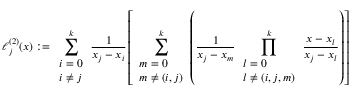
\ell _ { j } ^ { ( 2 ) } ( x ) : = \sum _ { \begin{array} { l } { i = 0 } \\ { i \neq j } \end{array} } ^ { k } { \frac { 1 } { x _ { j } - x _ { i } } } \left[ \sum _ { \begin{array} { l } { m = 0 } \\ { m \neq ( i , j ) } \end{array} } ^ { k } \left( { \frac { 1 } { x _ { j } - x _ { m } } } \prod _ { \begin{array} { l } { l = 0 } \\ { l \neq ( i , j , m ) } \end{array} } ^ { k } { \frac { x - x _ { l } } { x _ { j } - x _ { l } } } \right) \right]